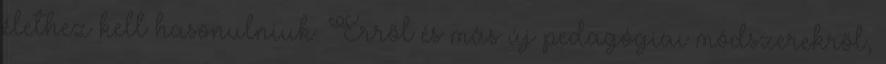
élethez kell hasonulniuk. Erről és más új pedagógiai módszerekről,